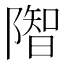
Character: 𨼓